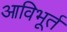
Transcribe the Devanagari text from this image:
आविभूर्त